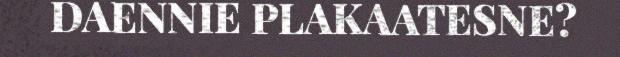
DAENNIE PLAKAATESNE?